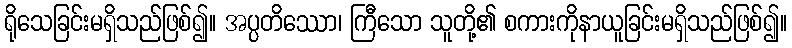
ရိုသေခြင်းမရှိသည်ဖြစ်၍။ အပ္ပတိဿော၊ ကြီသော သူတို့၏ စကားကိုနာယူခြင်းမရှိသည်ဖြစ်၍။